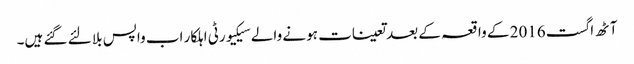
آٹھ اگست 2016 کے واقعہ کے بعد تعینات ہونے والے سیکیورٹی اہلکار اب واپس بلا لئے گئے ہیں۔